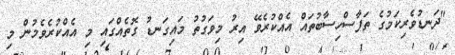
"ދަނޑުވެރިކަމުގެ ތަފާސްހިސާބުތައް އެއްކުރެވޭ އިރު މިވަގުތު މައިގަނޑު ގޮތެއްގައި މި އެއްކުރެވެމުން މި